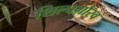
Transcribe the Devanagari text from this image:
शिल्पगौरव